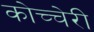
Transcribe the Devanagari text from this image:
कोच्चेरी